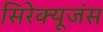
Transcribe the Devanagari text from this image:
सिरेक्यूजंस